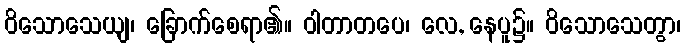
ဝိသောသေယျ၊ ခြောက်စေရာ၏။ ဝါတာတပေ၊ လေ, နေပူ၌။ ဝိသောသေတွာ၊